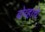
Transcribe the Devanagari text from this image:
बोव्हाचे